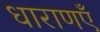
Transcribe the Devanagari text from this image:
धाराणएँ